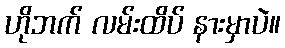
ဟိုဘက် လမ်းထိပ် နားမှာပဲ။